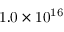
\mathrm { 1 . 0 \times 1 0 ^ { 1 6 } }